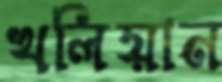
খলিয়ান